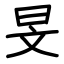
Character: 旻